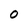
Character: 0